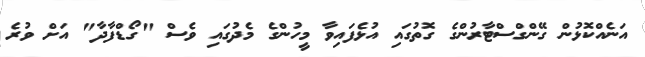
އަނެއްކޮޅުން ގޭންގްސްޓާރުންގެ ގޮތުގައި އުޅެފައިވާ މީހުންގެ މެދުގައި ވެސް "ގޯޑްފާދާ" އަށް ވުރެ